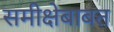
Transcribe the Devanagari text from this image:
समीक्षेबाबत